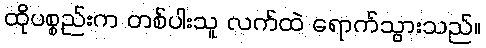
ထိုပစ္စည်းက တစ်ပါးသူ လက်ထဲ ရောက်သွားသည်။